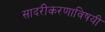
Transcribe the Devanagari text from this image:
सादरीकरणाविषयी